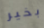
بخير